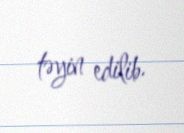
təyin edilib.